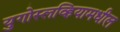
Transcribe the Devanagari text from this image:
युगोस्लव्हियामधील